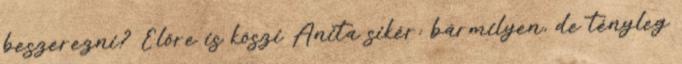
beszerezni? Előre is köszi Anita sikér: bármilyen, de tényleg